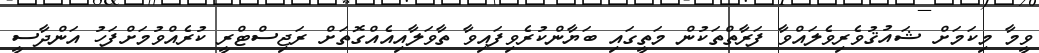
ވީމާ މިކަމަށް ޝައުޤުވެރިވެލައްވާ ފަރާތްތަކުން މަތީގައި ބަޔާންކުރެވިފައިވާ ތާވަލާއިއެއްގޮތަށް ރަޖިސްޓްރީ ކުރެއްވުމަށްފަހު އަންދާސީ